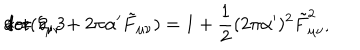
LaTeX: \mathrm { d e t } ( \delta _ { \mu \nu } + 2 \pi \alpha ^ { \prime } \tilde { F } _ { \mu \nu } ) = 1 + \frac { 1 } { 2 } ( 2 \pi \alpha ^ { \prime } ) ^ { 2 } \tilde { F } _ { \mu \nu } ^ { 2 } , \hspace { 1 c m } \mathrm { f o r } \hspace { 0 . 3 c m } d = 2 , 3